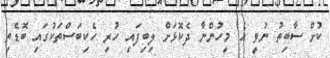
ކުށް ސާބިތު ނުވީ އެ މީހުންނާ ދެކޮޅަށް ލިބިފައި ހުރި ހެކިބަސްތަކުގައި ބޮޑެތި